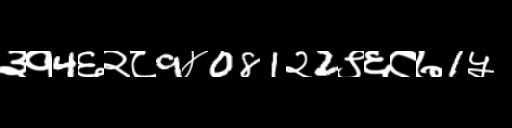
Text: ३१4६२८9४081२2९६८७1५